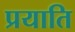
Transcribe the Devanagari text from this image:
प्रयाति